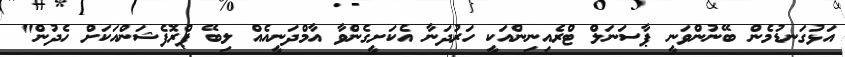
އަޅުގަނޑުމެން ބޭނުންވަނީ ޕާސަނަލް ޓްރެއިނިންއަކީ ހަރުދަނާ އެކަށީގެންވާ އާމްދަނީއެއް ލިބޭ ޕްރޮފެޝަންއަކަށް ހެދުން"